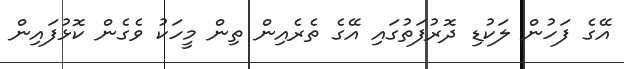
އޭގެ ފަހުން ލަކުޑި ދޮރުފަތުގައި އޭގެ ތެރެއިން ތިން މީހަކު ވެގެން ކޮޅުފައިން